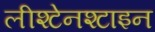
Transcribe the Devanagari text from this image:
लीश्टेनश्टाइन